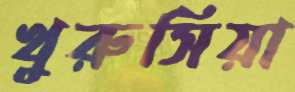
খুরুসিয়া